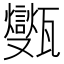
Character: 㽊